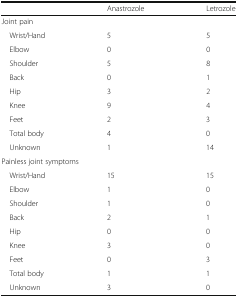
|  | Anastrozole | Letrozole |
 | --- | --- | --- |
 | <COLSPAN=3> Joint pain |
 | Wrist/Hand | 5 | 5 |
 | Elbow | 0 | 0 |
 | Shoulder | 5 | 8 |
 | Back | 0 | 1 |
 | Hip | 3 | 2 |
 | Knee | 9 | 4 |
 | Feet | 2 | 3 |
 | Total body | 4 | 0 |
 | Unknown | 1 | 14 |
 | <COLSPAN=3> Painless joint symptoms |
 | Wrist/Hand | 15 | 15 |
 | Elbow | 1 | 0 |
 | Shoulder | 1 | 0 |
 | Back | 2 | 1 |
 | Hip | 0 | 0 |
 | Knee | 3 | 0 |
 | Feet | 0 | 3 |
 | Total body | 1 | 1 |
 | Unknown | 3 | 0 |